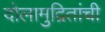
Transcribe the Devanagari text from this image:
दोलामुद्रितांची